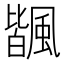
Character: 𩘅